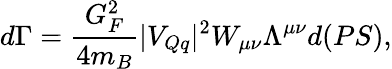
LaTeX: d\Gamma=\frac{G_{F}^{2}}{4m_{B}}|V_{Qq}|^{2}W_{\mu\nu}\Lambda^{\mu\nu}d(PS),